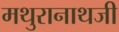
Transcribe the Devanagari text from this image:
मथुरानाथजी